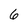
Character: 6